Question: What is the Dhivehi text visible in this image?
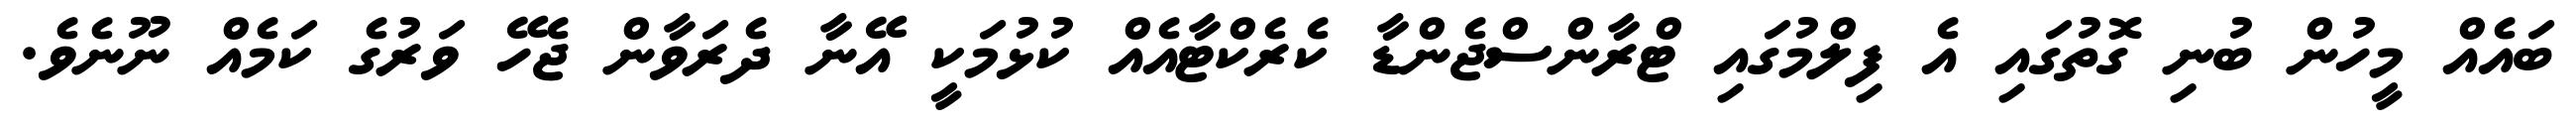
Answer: ބައެއް މީހުން ބުނި ގޮތުގައި އެ ފިލްމުގައި ޓްރާންސްޖެންޑާ ކެރެކްޓާއެއް ކުޅުމަކީ އޭނާ ދެރަވާން ޖެހޭ ވަރުގެ ކަމެއް ނޫނެވެ.